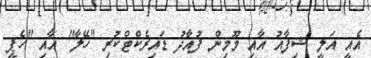
އެއީ އަލީ ޝިފާއު އާއި މޫމިން ފުއާދު ޑައިރެކްޓްކުރި "ހޭލާ" އާއި "ހެޕީ